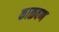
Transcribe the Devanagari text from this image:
काळवण